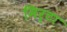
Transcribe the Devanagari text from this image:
मिर्टा